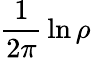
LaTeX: {\frac{1}{2\pi}}\ln\rho